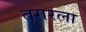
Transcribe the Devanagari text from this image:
तगरला